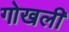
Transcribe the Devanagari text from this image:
गोखली